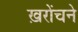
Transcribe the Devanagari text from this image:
ख़रोंचने